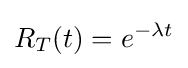
R_{T}(t)=e^{-\lambda t}